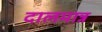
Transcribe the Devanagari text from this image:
दालमान्न